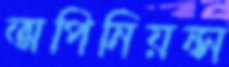
অপিনিয়ন্স